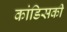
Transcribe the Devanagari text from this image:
कांडिसकी